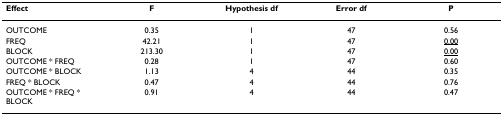
<table><thead><tr><td><b>Effect</b></td><td><b>F</b></td><td><b>Hypothesis df</b></td><td><b>Error df</b></td><td><b>P</b></td></tr></thead><tbody><tr><td>OUTCOME</td><td>0.35</td><td>1</td><td>47</td><td>0.56</td></tr><tr><td>FREQ</td><td>42.21</td><td>1</td><td>47</td><td><underline>0.00</underline></td></tr><tr><td>BLOCK</td><td>213.30</td><td>1</td><td>47</td><td><underline>0.00</underline></td></tr><tr><td>OUTCOME * FREQ</td><td>0.28</td><td>1</td><td>47</td><td>0.60</td></tr><tr><td>OUTCOME * BLOCK</td><td>1.13</td><td>4</td><td>44</td><td>0.35</td></tr><tr><td>FREQ * BLOCK</td><td>0.47</td><td>4</td><td>44</td><td>0.76</td></tr><tr><td>OUTCOME * FREQ * BLOCK</td><td>0.91</td><td>4</td><td>44</td><td>0.47</td></tr></tbody></table>